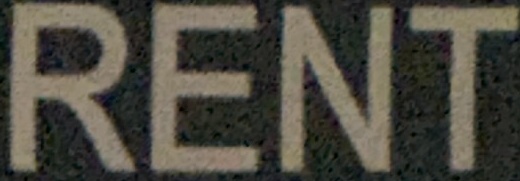
RENT